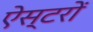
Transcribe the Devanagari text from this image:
ऐस्टरों